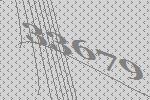
33679